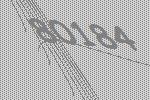
80184